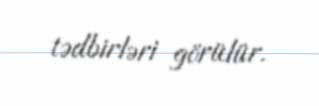
tədbirləri görülür.